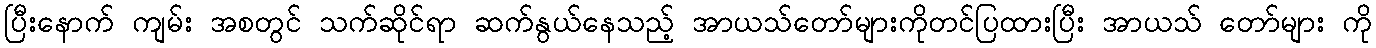
ပြီးနောက် ကျမ်း အစတွင် သက်ဆိုင်ရာ ဆက်နွယ်နေသည့် အာယသ်တော်များကိုတင်ပြထားပြီး အာယသ် တော်များ ကို